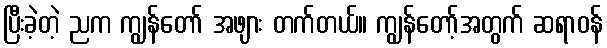
ပြီးခဲ့တဲ့ ညက ကျွန်တော် အဖျား တက်တယ်။ ကျွန်တော့်အတွက် ဆရာဝန်